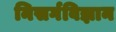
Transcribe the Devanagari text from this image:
निसर्गविज्ञान